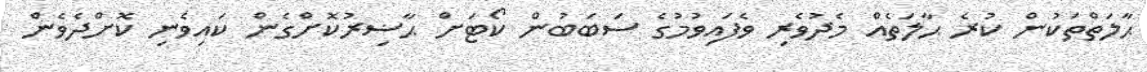
ޙާލަތްތަކުން ކުރެ ޙާލަތެއް މެދުވެރި ވެފައިވުމުގެ ސަބަބުން ކޯޓަށް ޙާޟިރުކޮށްގެން ކައިވެނި ކޮށްދެވެން